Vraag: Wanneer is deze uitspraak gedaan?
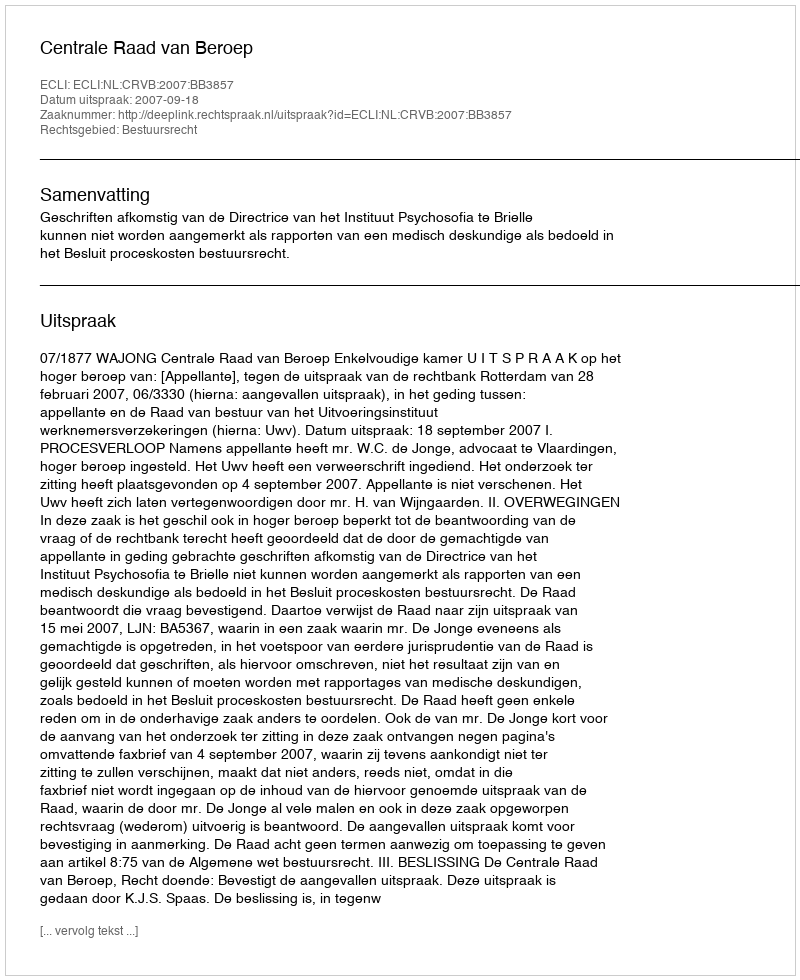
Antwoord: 2007-09-18